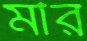
মীর